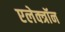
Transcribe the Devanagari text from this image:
एलेक्त्रॉन